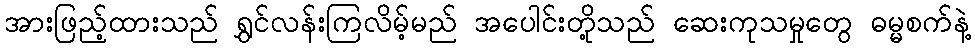
အားဖြည့်ထားသည် ရွှင်လန်းကြလိမ့်မည် အပေါင်းတို့သည် ဆေးကုသမှုတွေ ဓမ္မစက်နဲ့